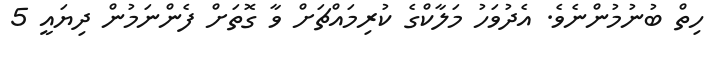
ހިތް ބުނުމުންނެވެ. އެދުވަހު މަލާކްގެ ކުރިމައްޗަށް ވާ ގޮތަށް ފެންނަމުން ދިޔައީ 5